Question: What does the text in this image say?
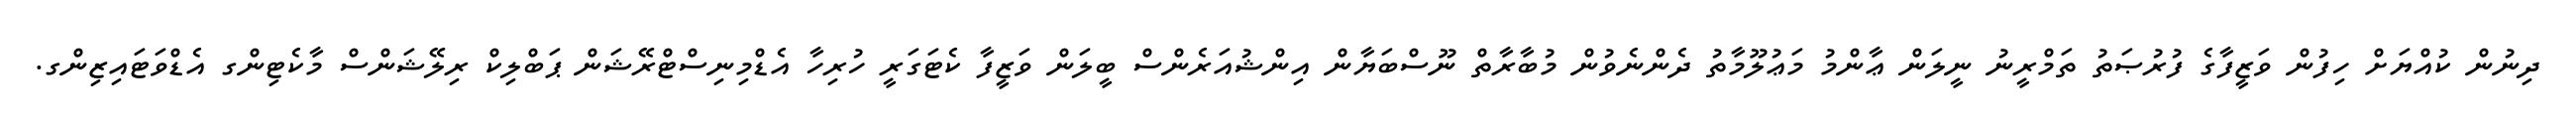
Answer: ދިނުން ކުއްޔަށް ހިފުން ވަޒީފާގެ ފުރުޞަތު ތަމްރީނު ނީލަން ޢާންމު މަޢުލޫމާތު ދެންނެވުން މުބާރާތް ނޫސްބަޔާން އިންޝުއަރެންސް ބީލަން ވަޒީފާ ކެޓަގަރީ ހުރިހާ އެޑްމިނިސްޓްރޭޝަން ޕަބްލިކް ރިލޭޝަންސް މާކެޓިންގ އެޑްވަޓައިޒިންގ.